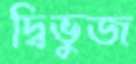
দ্বিভুজ